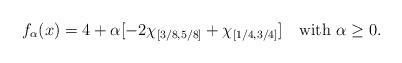
LaTeX: \begin{align*} f_\alpha(x)=4+\alpha[-2\chi_{[3/8,5/8]}+\chi_{[1/4,3/4]}] \mbox{ \ \ with } \alpha \geq 0.\end{align*}